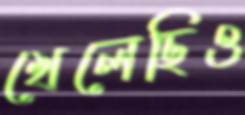
খেলেছিও